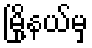
မြို့နယ်မှ